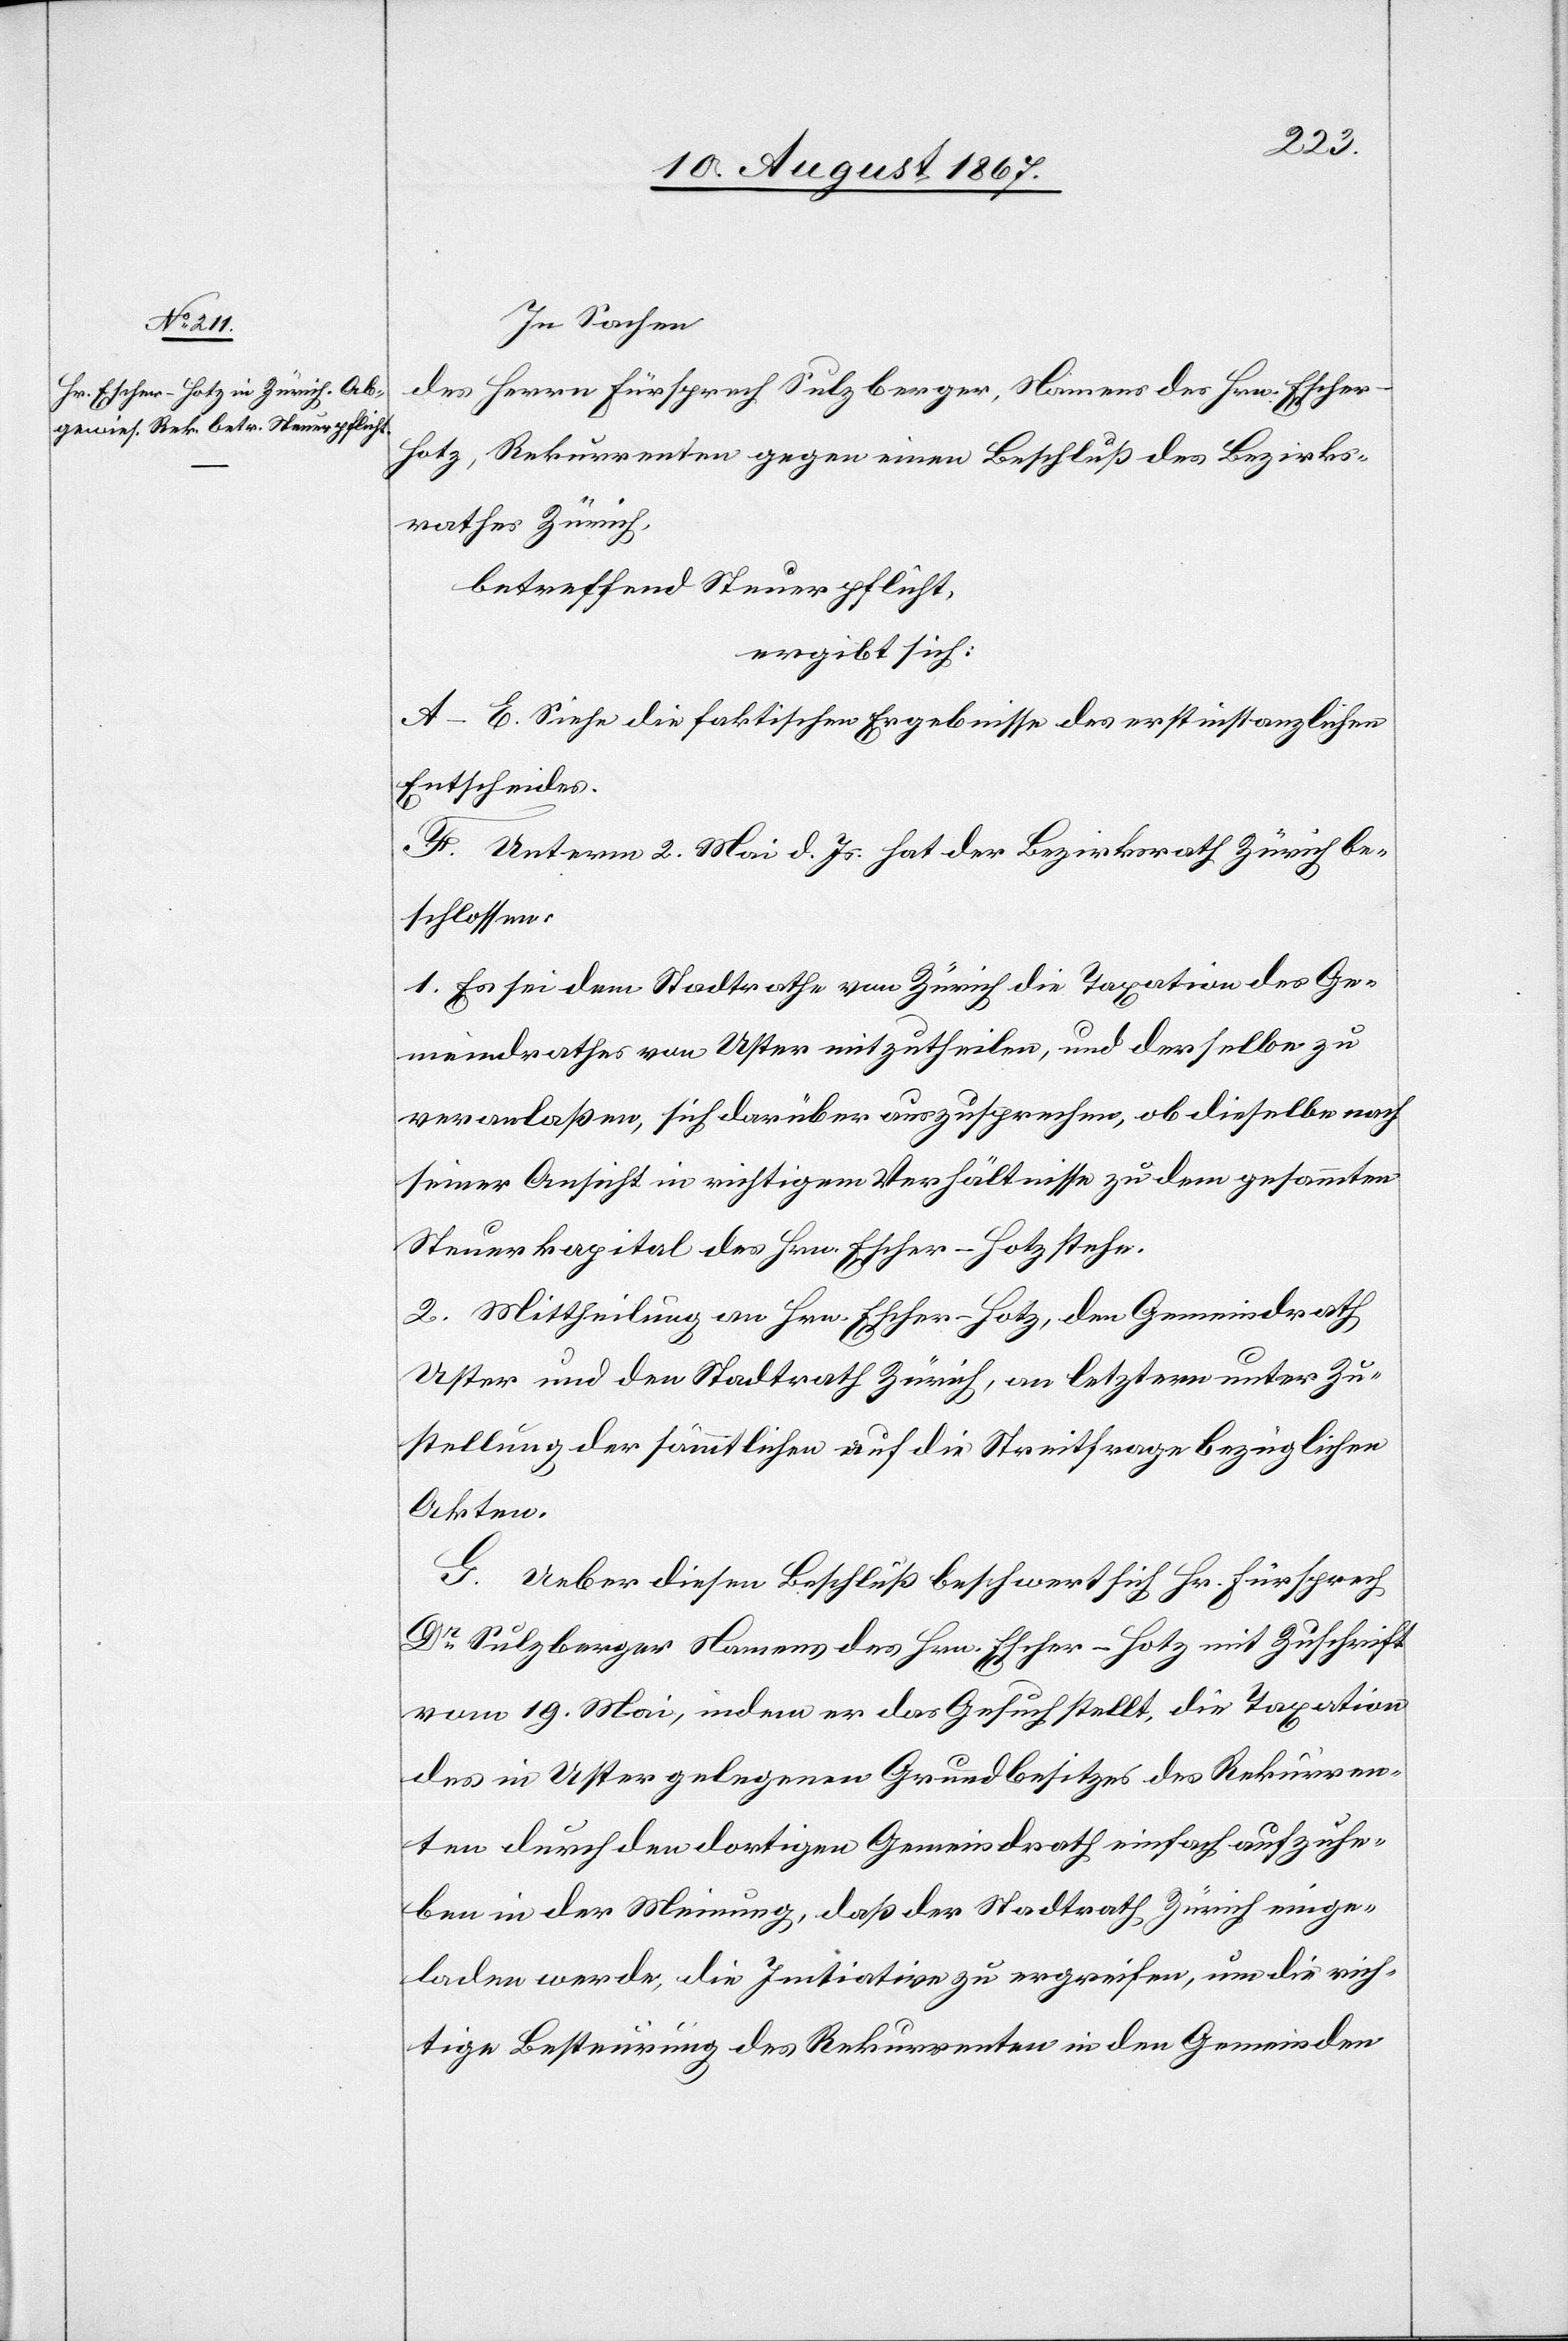
In Sachen
des Herrn Fürsprech Sulzberger, Namens des Hrn. Esche¬
r-Hotz. Rekurrenten gegen einen Beschluß des Bezirks¬
rathes Zürich,
betreffend Steuerpflicht,
ergibt sich:
A–E. Siehe die faktischen Ergebnisse des erstinstanzlichen
Entscheides.
F. Unterm 2. Mai d. Js. hat der Bezirksrath Zürich be¬
schlossen:
1. Es sei dem Stadtrathe von Zürich die Taxation des Ge¬
meindrathes von Uster mitzutheilen, und derselbe zu
veranlaßen, sich darüber auszusprechen, ob dieselbe nach
seiner Ansicht in richtigem Verhältnisse zu dem gesammten
Steuerkapital des Hrn. Escher-Hotz stehe.
2. Mittheilung an Hrn. Escher-Hotz, den Gemeindrath
Uster und den Stadtrath Zürich, an letztern unter Zu¬
stellung der sämmtlichen auf die Streitfrage bezüglichen
Akten.
G. Ueber diesen Beschluß beschwert sich Hr. Fürsprech
Dr. Sulzberger Namens des Hrn. Escher-Hotz mit Zuschrift
vom 19. Mai, indem er das Gesuch stellt, die Taxation
des in Uster gelegenen Grundbesitzes des Rekurren¬
ten durch den dortigen Gemeindrath einfach aufzuhe¬
ben in der Meinung, daß der Stadtrath Zürich einge¬
laden werde, die Initiative zu ergreifen, um die rich¬
tige Besteurung des Rekurrenten in den Gemeinden